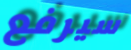
سيرفع